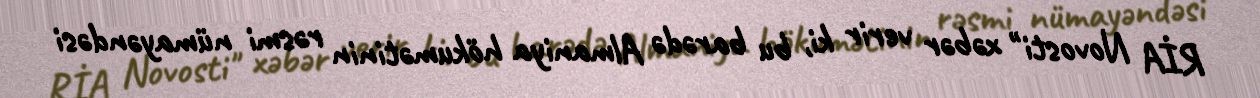
RİA Novosti" xəbər verir ki, bu barədə Almaniya hökumətinin rəsmi nümayəndəsi